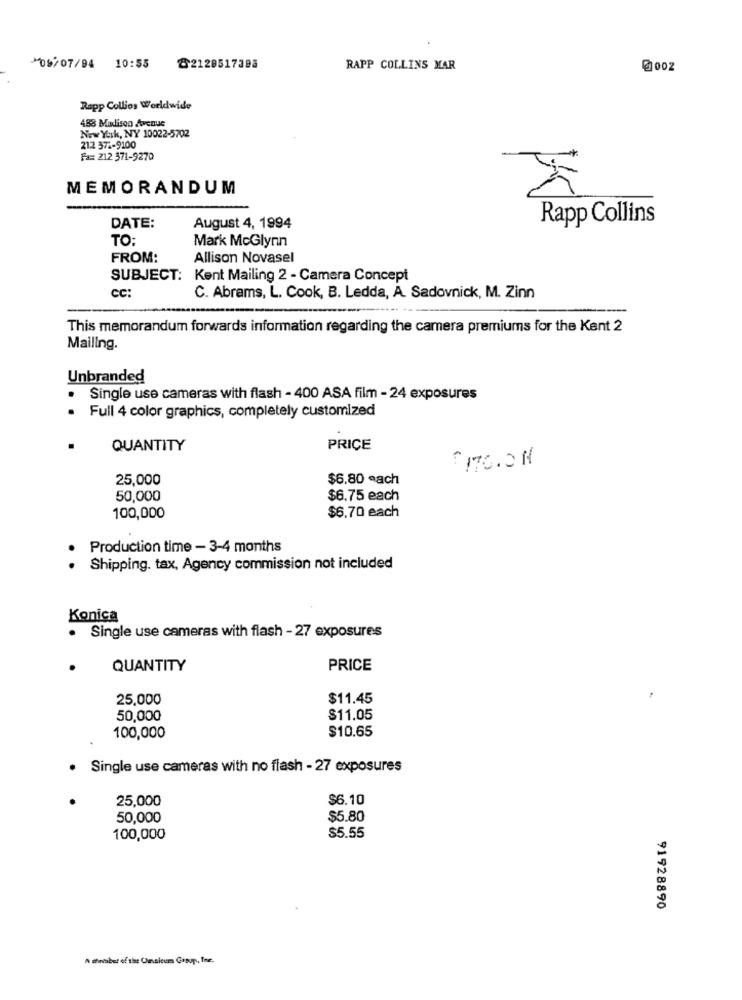
08/07/94 10:55 @2120517398
RAPP COLLINS MAR
@1002
Rapp Collios Worldwide
488 Madison Avenue
New York, NY 10022-5702
212 372-9100
Fa= 212 571-9270
MEMORANDUM
Rapp Collins
DATE:
August 4, 1994
TO:
Mark McGlynn
FROM:
Allison Novasel
SUBJECT:
Kent Mailing 2 - Camera Concept
cc:
C. Abrams, L. Cook, B. Ledda, A. Sadovnick, M. Zinn
This memorandum forwards information regarding the camera premiums for the Kent 2
Mailing.
Unbranded
Single use cameras with flash - 400 ASA film - 24 exposures
.
Full 4 color graphics, completely customized
QUANTITY
PRICE
OITO.ON
25,000
$6.80 each
50,000
$6.75 each
$6.70 each
100,000
Production time - 3-4 months
.
Shipping. tax, Agency commission not included
Konica
· Single use cameras with flash - 27 exposures
QUANTITY
PRICE
25,000
$11.45
50,000
$11.05
$10.65
100,000
· Single use cameras with no flash - 27 exposures
25,000
$6.10
50,000
$5.80
100,000
$5.55
91928890
A merabet of the Onaleum Group, The.